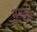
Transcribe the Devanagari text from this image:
मुगला